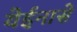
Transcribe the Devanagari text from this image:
येईनासे